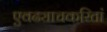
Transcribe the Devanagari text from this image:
एवढ्याचकरितां